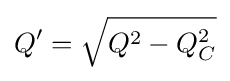
Q'={\sqrt {Q^{2}-Q_{C}^{2}}}